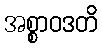
အစ္စာဝဒတိ